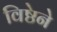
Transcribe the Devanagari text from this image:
विष्ठेने